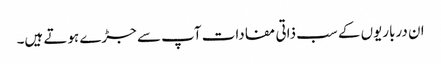
ان درباریوں کے سب ذاتی مفادات آپ سے جڑے ہوتے ہیں۔